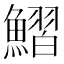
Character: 鰼